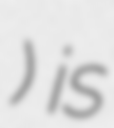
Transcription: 香港單車同盟) is